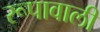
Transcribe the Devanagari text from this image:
रूपावाली